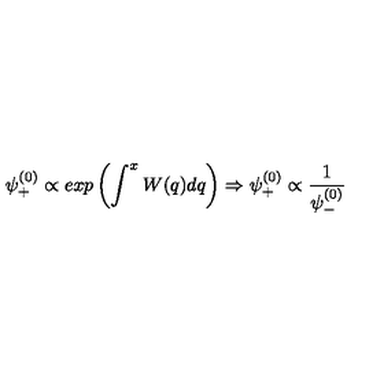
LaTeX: \psi _ { + } ^ { ( 0 ) } \propto e x p \left( \int ^ { x } W ( q ) d q \right) \Rightarrow \psi _ { + } ^ { ( 0 ) } \propto \frac { 1 } { \psi _ { - } ^ { ( 0 ) } }